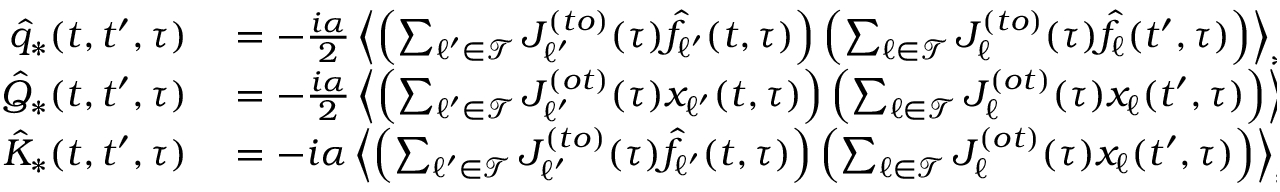
\begin{array} { r l } { \hat { q } _ { * } ( t , t ^ { \prime } , \tau ) } & { { } = - \frac { i \alpha } { 2 } \left\langle \left( \sum _ { \ell ^ { \prime } \in \mathcal { T } } J _ { \ell ^ { \prime } } ^ { ( t o ) } ( \tau ) \hat { f } _ { \ell ^ { \prime } } ( t , \tau ) \right) \left( \sum _ { \ell \in \mathcal { T } } J _ { \ell } ^ { ( t o ) } ( \tau ) \hat { f } _ { \ell } ( t ^ { \prime } , \tau ) \right) \right\rangle _ { * } } \\ { \hat { Q } _ { * } ( t , t ^ { \prime } , \tau ) } & { { } = - \frac { i \alpha } { 2 } \left\langle \left( \sum _ { \ell ^ { \prime } \in \mathcal { T } } J _ { \ell ^ { \prime } } ^ { ( o t ) } ( \tau ) x _ { \ell ^ { \prime } } ( t , \tau ) \right) \left( \sum _ { \ell \in \mathcal { T } } J _ { \ell } ^ { ( o t ) } ( \tau ) x _ { \ell } ( t ^ { \prime } , \tau ) \right) \right\rangle _ { * } } \\ { \hat { K } _ { * } ( t , t ^ { \prime } , \tau ) } & { { } = - i \alpha \left\langle \left( \sum _ { \ell ^ { \prime } \in \mathcal { T } } J _ { \ell ^ { \prime } } ^ { ( t o ) } ( \tau ) \hat { f } _ { \ell ^ { \prime } } ( t , \tau ) \right) \left( \sum _ { \ell \in \mathcal { T } } J _ { \ell } ^ { ( o t ) } ( \tau ) x _ { \ell } ( t ^ { \prime } , \tau ) \right) \right\rangle _ { * } } \end{array}